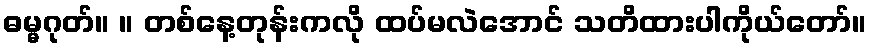
ဓမ္မဂုတ်။ ။ တစ်နေ့တုန်းကလို ထပ်မလဲအောင် သတိထားပါကိုယ်တော်။